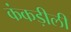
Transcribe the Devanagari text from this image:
कंकड़ीली